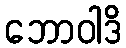
ဘောဝါဒိ